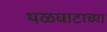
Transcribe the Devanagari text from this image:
थळघाटाच्या